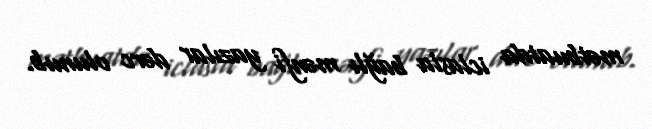
mətbuatda iclasla bağlı mənfi yazılar dərc olunub.